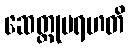
ဆေတ္တုမရဟတိ